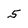
Character: 5